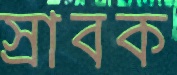
স্রাবক